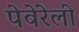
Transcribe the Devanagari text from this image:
पेवेरेली